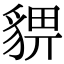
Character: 𧳠